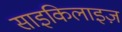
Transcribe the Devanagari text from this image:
साइकिलाइज़